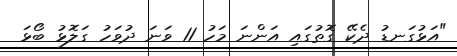
"އަޅުގަނޑު ދެކޭ ގޮތުގައި އަންނަ މަހު 11 ވަނަ ދުވަހު ގަލޮޅު ބޯޅަ